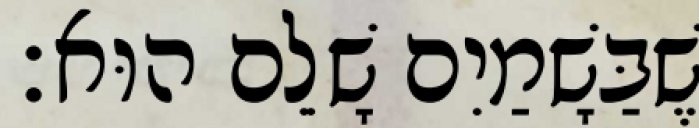
שֶׁבַּשָׁמַיִם שָׁלֵם הוּא׃